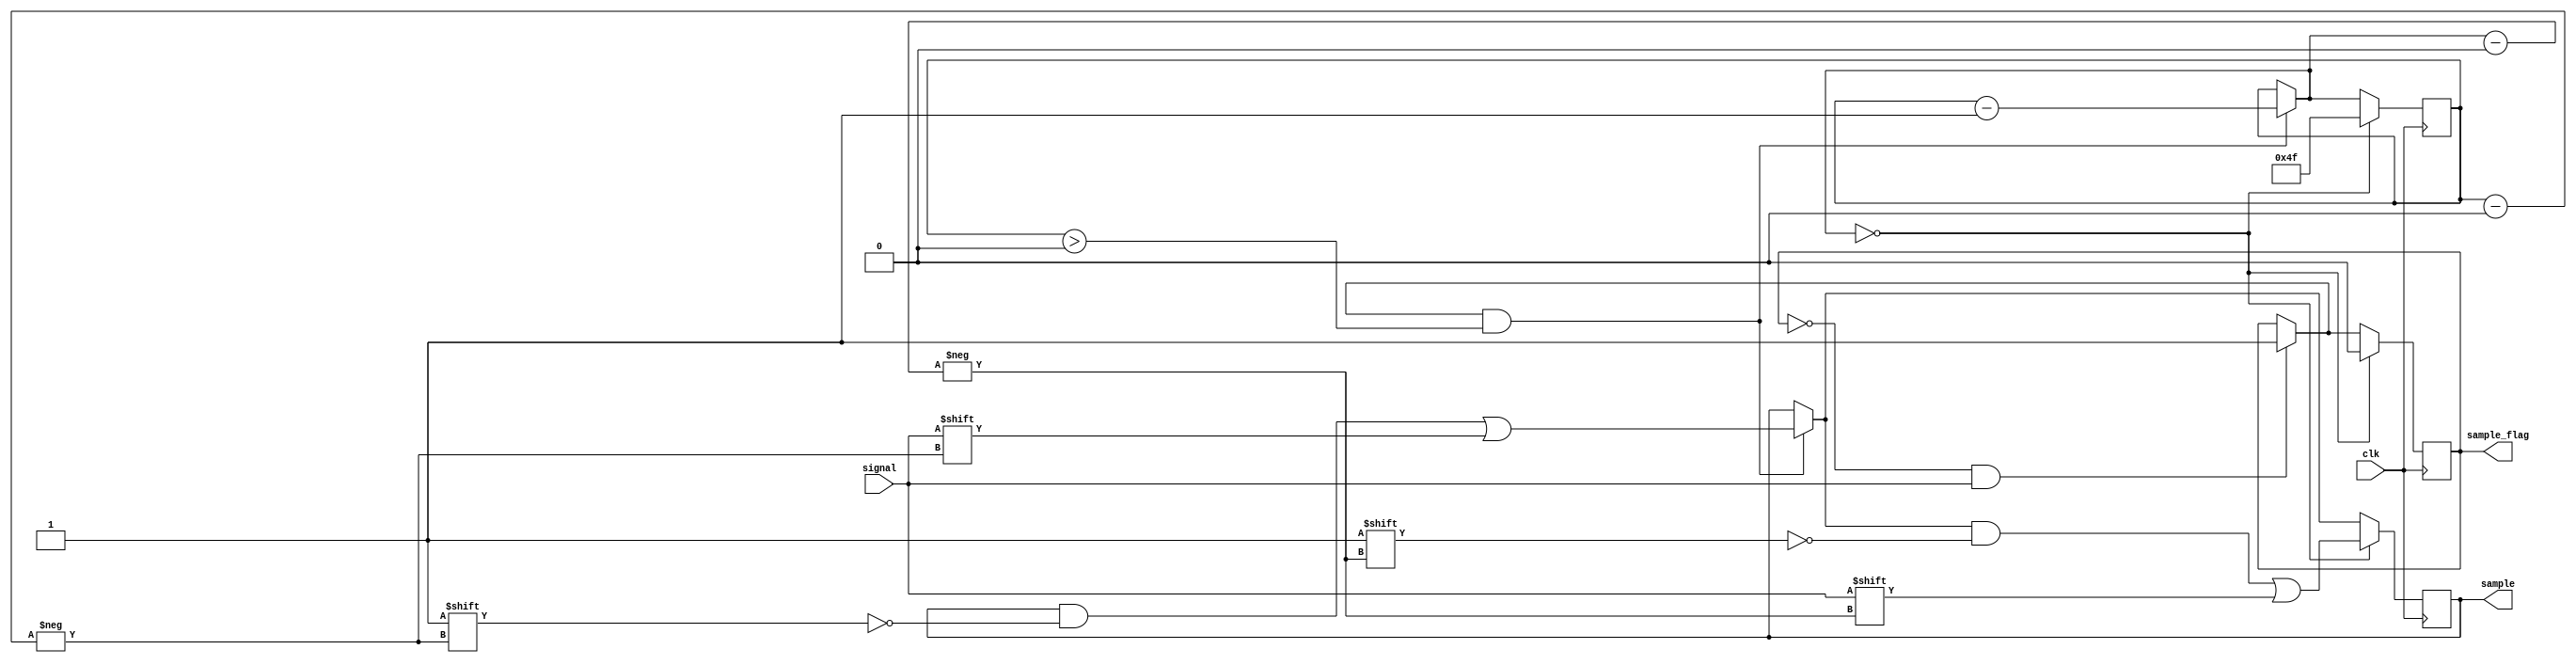
module shift_sampler(
	input clk, // 40kHz generated clock
	input signal, // output signal from RX PCB
	output reg [79:0] sample, // take 80 samples at 40kHz
	output reg sample_flag // to control signal input flow
);

reg [6:0] counter; // counter to reset at 0

initial
begin
	sample = 80'h00000000000000000000;
	sample_flag = 1'b0;
	counter = 7'b1001111; // counter starts at 79
end

always @(posedge clk)
begin
	// if not currently sampling and a high signal is sensed,
	// assert sample flag to begin sampling
	if (sample_flag == 1'b0 && signal == 1'b1)
	begin
		sample_flag = 1'b1;
	end

	// if sample flag is asserted and counter has not yet reached 0,
	// take one sample of the signal and decrement counter
	if (sample_flag == 1'b1 && counter > 7'b0000000)
	begin
		sample[counter] = signal;
		counter = counter - 7'b0000001;
	end

	// if counter has reached 0 and sampling is completed,
	// take final sample, reset counter, and deassert sample flag
	if (counter == 7'b0000000)
	begin
		sample[counter] = signal;
		counter = 7'b1001111;
		sample_flag = 1'b0;
	end
end

endmodule